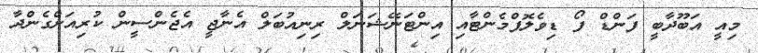
މިއީ އަބޫދާބީ ފަންޑް ފޯ ޑިވެލޮޕްމެންޓާއި އިންޓަނޭޝަނަލް ރިނިއުބަލް އެނާޖީ އެޖެންސީން ކުރިއަށްގެންދާ